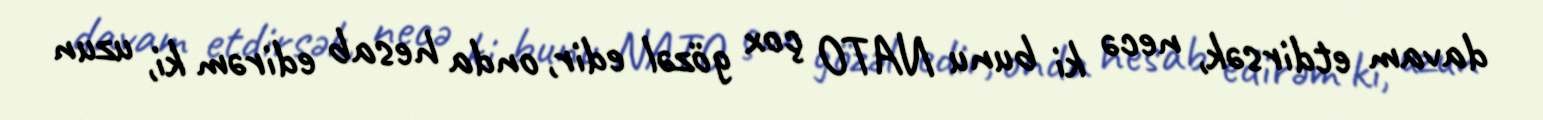
davam etdirsək, necə ki bunu NATO çox gözəl edir, onda hesab edirəm ki, uzun